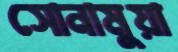
সোনামুয়া